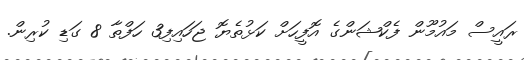
ރައީސް މައުމޫން ފެކްޝަންގެ އޮފީހަށް ކަޅުތެޔޮ ޖަހައިފި3 ހަފްތާ 8 ގަޑި ކުރިން.